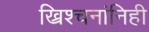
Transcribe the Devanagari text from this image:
ख्रिश्चनांनिही